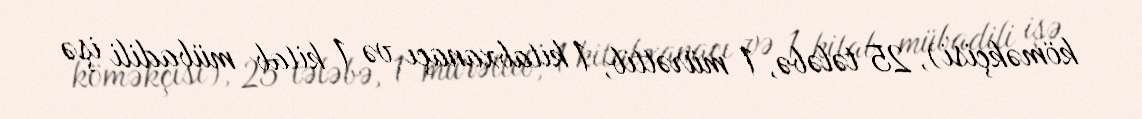
köməkçisi), 25 tələbə, 1 mürəttib, 1 kitabxanaçı və 1 kitab mübadili işə